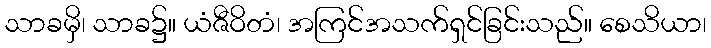
သာခမှိ၊ သာခ၌။ ယံဇီဝိတံ၊ အကြင်အသက်ရှင်ခြင်းသည်။ စေသိယာ၊